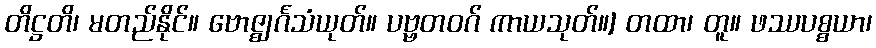
တိဋ္ဌတိ၊ မတည်နိုင်။ ဗောဇ္ဈင်္ဂသံယုတ်။ ပဗ္ဗတဝဂ် ကာယသုတ်။] တထာ၊ တူ။ ဖဿပစ္စယာ၊